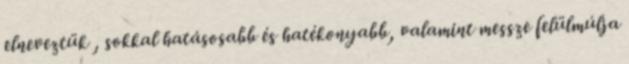
elneveztük , sokkal hatásosabb és hatékonyabb, valamint messze felülmúlja